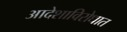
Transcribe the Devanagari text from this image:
आदेशाविरोधात